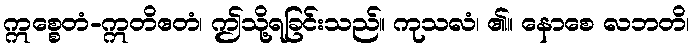
ဣစ္စေတံ-ဣတိဧတံ၊ ဤသို့ရခြင်းသည်။ ကုသလံ၊ ၏။ နောစေ လဘတိ၊